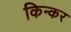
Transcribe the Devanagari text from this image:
किन्कर